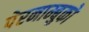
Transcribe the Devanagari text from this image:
पेरनाम्बुको